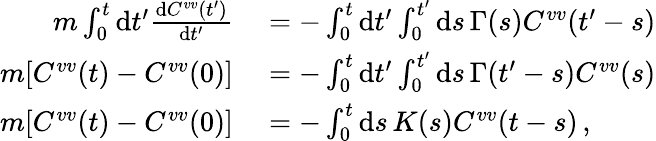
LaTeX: \begin{array}{rl}{m\int_{0}^{t}\mathrm{d}t^{\prime}\frac{\mathrm{d}C^{vv}(t^{\prime})}{\mathrm{d}t^{\prime}}}&{{}=-\int_{0}^{t}\mathrm{d}t^{\prime}\int_{0}^{t^{\prime}}\mathrm{d}s\, \Gamma(s)C^{vv}(t^{\prime}-s)}\\ {m[C^{vv}(t)-C^{vv}(0)]}&{{}=-\int_{0}^{t}\mathrm{d}t^{\prime}\int_{0}^{t^{\prime}}\mathrm{d}s\, \Gamma(t^{\prime}-s)C^{vv}(s)}\\ {m[C^{vv}(t)-C^{vv}(0)]}&{{}=-\int_{0}^{t}\mathrm{d}s\, K(s)C^{vv}(t-s)\, ,}\end{array}